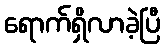
ရောက်ရှိလာခဲ့ပြီ